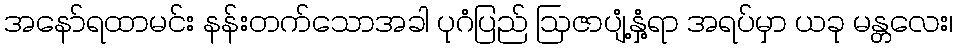
အနော်ရထာမင်း နန်းတက်သောအခါ ပုဂံပြည် ဩဇာပျံ့နှံ့ရာ အရပ်မှာ ယခု မန္တလေး၊